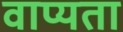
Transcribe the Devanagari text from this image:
वाप्यता